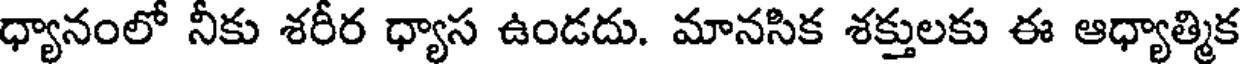
ధ్యానంలో నీకు శరీర ధ్యాస ఉండదు. మానసిక శక్తులకు ఈ ఆధ్యాత్మిక